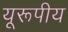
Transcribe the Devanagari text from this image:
यूरूपीय